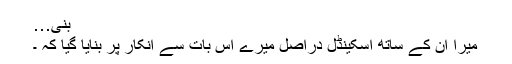
بنی…
میرا ان کے ساتھ اسکینڈل دراصل میرے اس بات سے انکار پر بنایا گیا کہ ۔